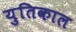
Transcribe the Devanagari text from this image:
युतिकाल